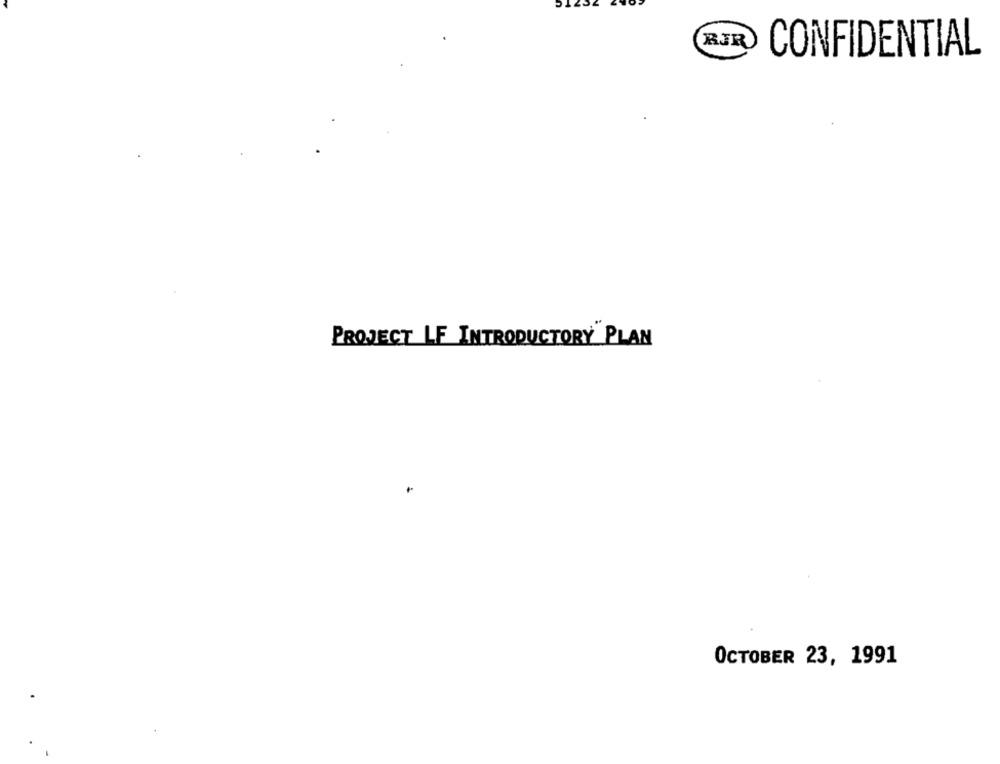
CONFIDENTIAL
PROJECT LF INTRODUCTORY PLAN
OCTOBER 23, 1991